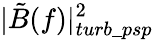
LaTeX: |\tilde{B}(f)|_{turb\_ psp}^{2}